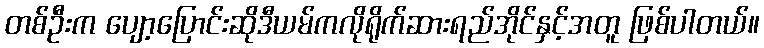
တစ်ဦးက ပျော့ပြောင်းဆိုဒီယမ်ကလိုရိုက်ဆားရည်အိုင်နှင့်အတူ ဖြစ်ပါတယ်။